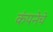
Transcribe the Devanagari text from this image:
कंपनेचे